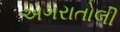
અગરાતોલી